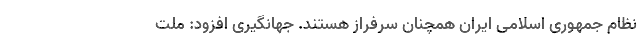
نظام جمهوری اسلامی ایران همچنان سرفراز هستند. جهانگیری افزود: ملت